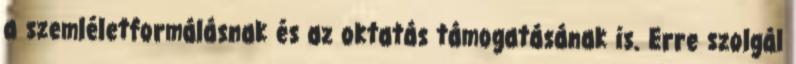
a szemléletformálásnak és az oktatás támogatásának is. Erre szolgál